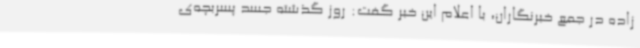
زاده در جمع خبرنگاران، با اعلام این خبر گفت: روز گذشته جسد پسربچه‌ی